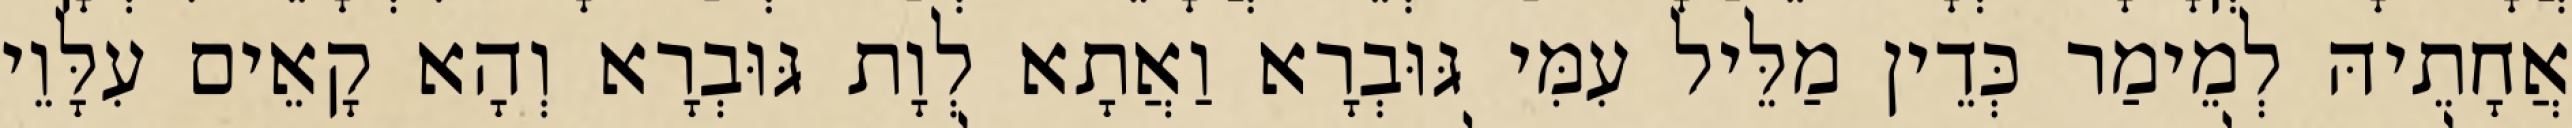
אֲחָתֵיהּ לְמֵימַר כְּדֵין מַלֵּיל עִמִּי גּוּבְרָא וַאֲתָא לְוָת גּוּבְרָא וְהָא קָאֵים עִלָּוֵי